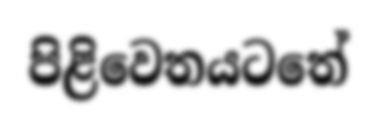
පිළිවෙතයටතේ